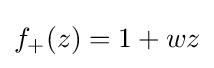
f_{+}(z)=1+wz